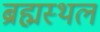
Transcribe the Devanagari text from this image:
ब्रह्मस्थल